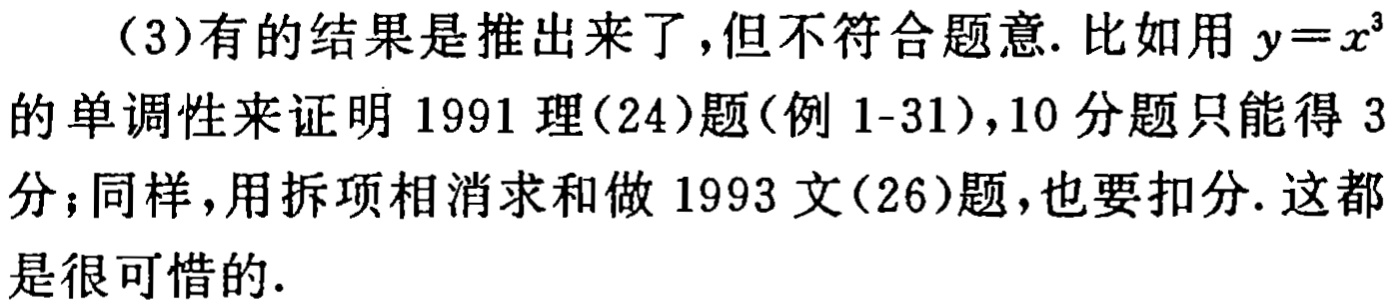
（3）有的结果是推出来了，但不符合题意. 比如用 \(y = x^{3}\)的单调性来证明 1991 理(24)题(例 1-31)，10 分题只能得 3分；同样，用拆项相消求和做 1993 文(26)题，也要扣分. 这都是很可惜的.